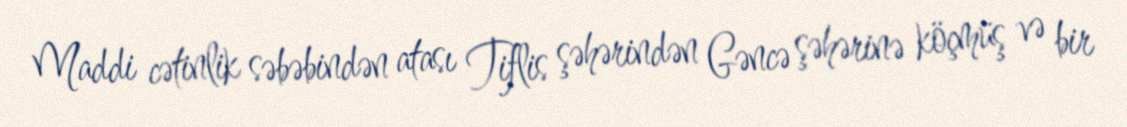
Maddi cətinlik səbəbindən atası Tiflis şəhərindən Gəncə şəhərinə köçmüş və bir